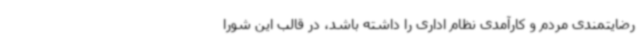
رضایتمندی مردم و کارآمدی نظام اداری را داشته باشد، در قالب این شورا